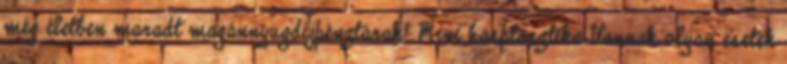
még életben maradt magánnyugdíjpénztárak? Mini hasplasztika Vannak olyan esetek